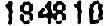
184810